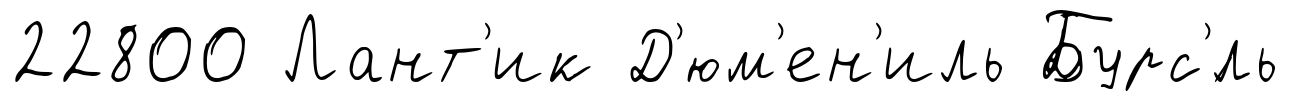
22800 Лант'ик Д'юм'ен'иль Бурс'́ль